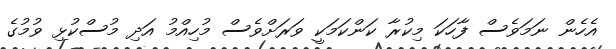
އެހެން ނަމަވެސް ފާހަކަ މިކުރާ ކަންކަަމަކީ ވަރަށްވެސް މުހިއްމު އަދި މުސްކުޅި ވުމުގެ